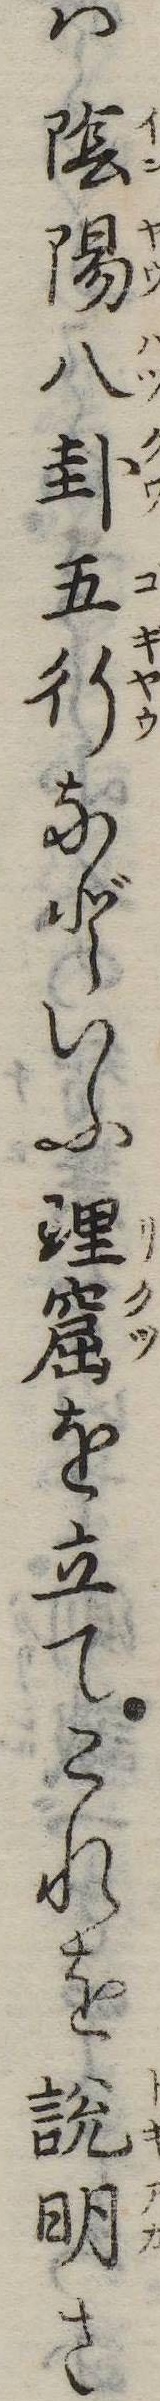
は陰陽八卦五行などいふ理窟を立てこれを説明さ